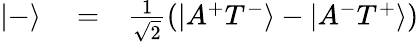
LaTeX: \begin{array}{rlr}{|-\rangle}&{{}=}&{\frac{1}{\sqrt{2}}\left(|A^{+}T^{-}\rangle-|A^{-}T^{+}\rangle\right)}\end{array}